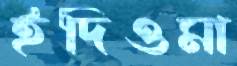
ইদিওমা